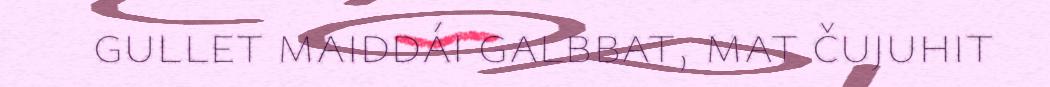
gullet maiddái galbbat, mat čujuhit